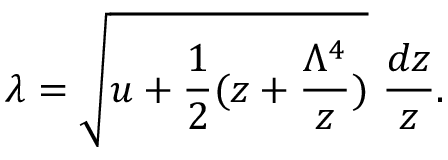
\lambda = \sqrt { u + \frac { 1 } { 2 } ( z + \frac { \Lambda ^ { 4 } } { z } ) } ~ \frac { d z } { z } .